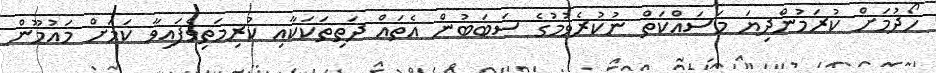
ހޯދުމަށް ކުރަމުންދިޔަ މަސައްކަތް ނުކުރެވުމުގެ ސަބަބުން އެތައް ދަތިތަކަކާއި ކުރިމަތިވެފައިވާ ކަމަށް މައުމޫން